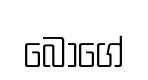
බොගේ